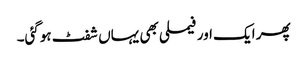
پھر ایک اور فیملی بھی یہاں شفٹ ہوگئی۔